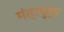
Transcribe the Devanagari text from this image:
मंत्रयुद्ध